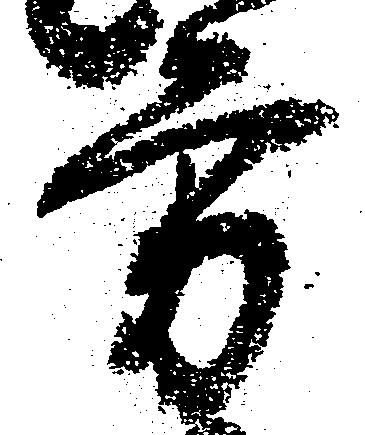
方